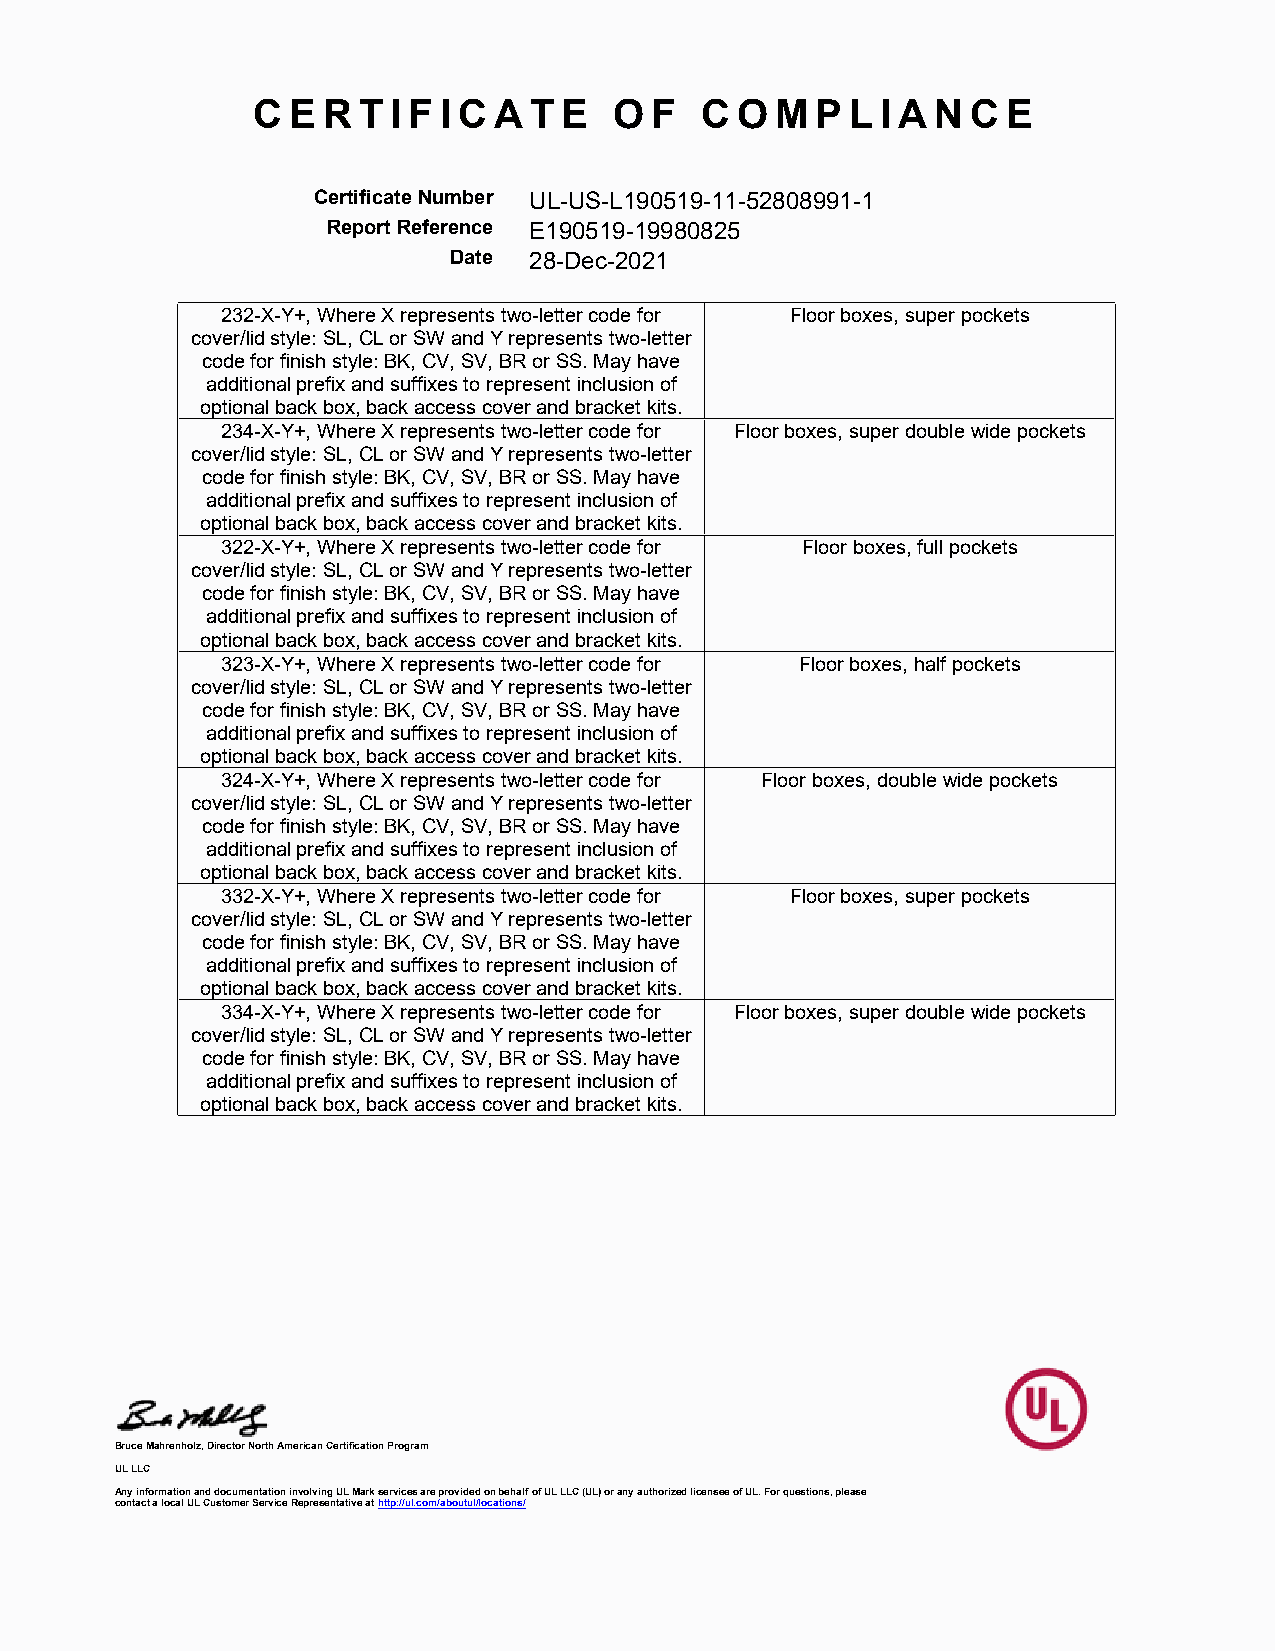
C E R  T I F I C A T E  O F  C  O M  P L I A N C  E
 Certificate Number UL-US-L190519-11-52808991-1
 Report Reference E190519-19980825
 Date 28-Dec-2021
 232-X-Y+, Where X represents two-letter code for Floor boxes, super pockets
 cover/lid style: SL, CL or SW and Y represents two-letter
 code for finish style: BK, CV, SV, BR or SS. May have
 additional prefix and suffixes to represent inclusion of
 optional back box, back access cover and bracket kits.
 234-X-Y+, Where X represents two-letter code for Floor boxes, super double wide pockets
 cover/lid style: SL, CL or SW and Y represents two-letter
 code for finish style: BK, CV, SV, BR or SS. May have
 additional prefix and suffixes to represent inclusion of
 optional back box, back access cover and bracket kits.
 322-X-Y+, Where X represents two-letter code for Floor boxes, full pockets
 cover/lid style: SL, CL or SW and Y represents two-letter
 code for finish style: BK, CV, SV, BR or SS. May have
 additional prefix and suffixes to represent inclusion of
 optional back box, back access cover and bracket kits.
 323-X-Y+, Where X represents two-letter code for Floor boxes, half pockets
 cover/lid style: SL, CL or SW and Y represents two-letter
 code for finish style: BK, CV, SV, BR or SS. May have
 additional prefix and suffixes to represent inclusion of
 optional back box, back access cover and bracket kits.
 324-X-Y+, Where X represents two-letter code for Floor boxes, double wide pockets
 cover/lid style: SL, CL or SW and Y represents two-letter
 code for finish style: BK, CV, SV, BR or SS. May have
 additional prefix and suffixes to represent inclusion of
 optional back box, back access cover and bracket kits.
 332-X-Y+, Where X represents two-letter code for Floor boxes, super pockets
 cover/lid style: SL, CL or SW and Y represents two-letter
 code for finish style: BK, CV, SV, BR or SS. May have
 additional prefix and suffixes to represent inclusion of
 optional back box, back access cover and bracket kits.
 334-X-Y+, Where X represents two-letter code for Floor boxes, super double wide pockets
 cover/lid style: SL, CL or SW and Y represents two-letter
 code for finish style: BK, CV, SV, BR or SS. May have
 additional prefix and suffixes to represent inclusion of
 optional back box, back access cover and bracket kits.
 Bruce Mahrenholz, Director North American Certification Program
 UL LLC
 Any information and documentation involving UL Mark services are provided on behalf of UL LLC (UL) or any authorized licensee of UL. For questions, please
 contact a local UL Customer Service Representative at http://ul.com/aboutul/locations/